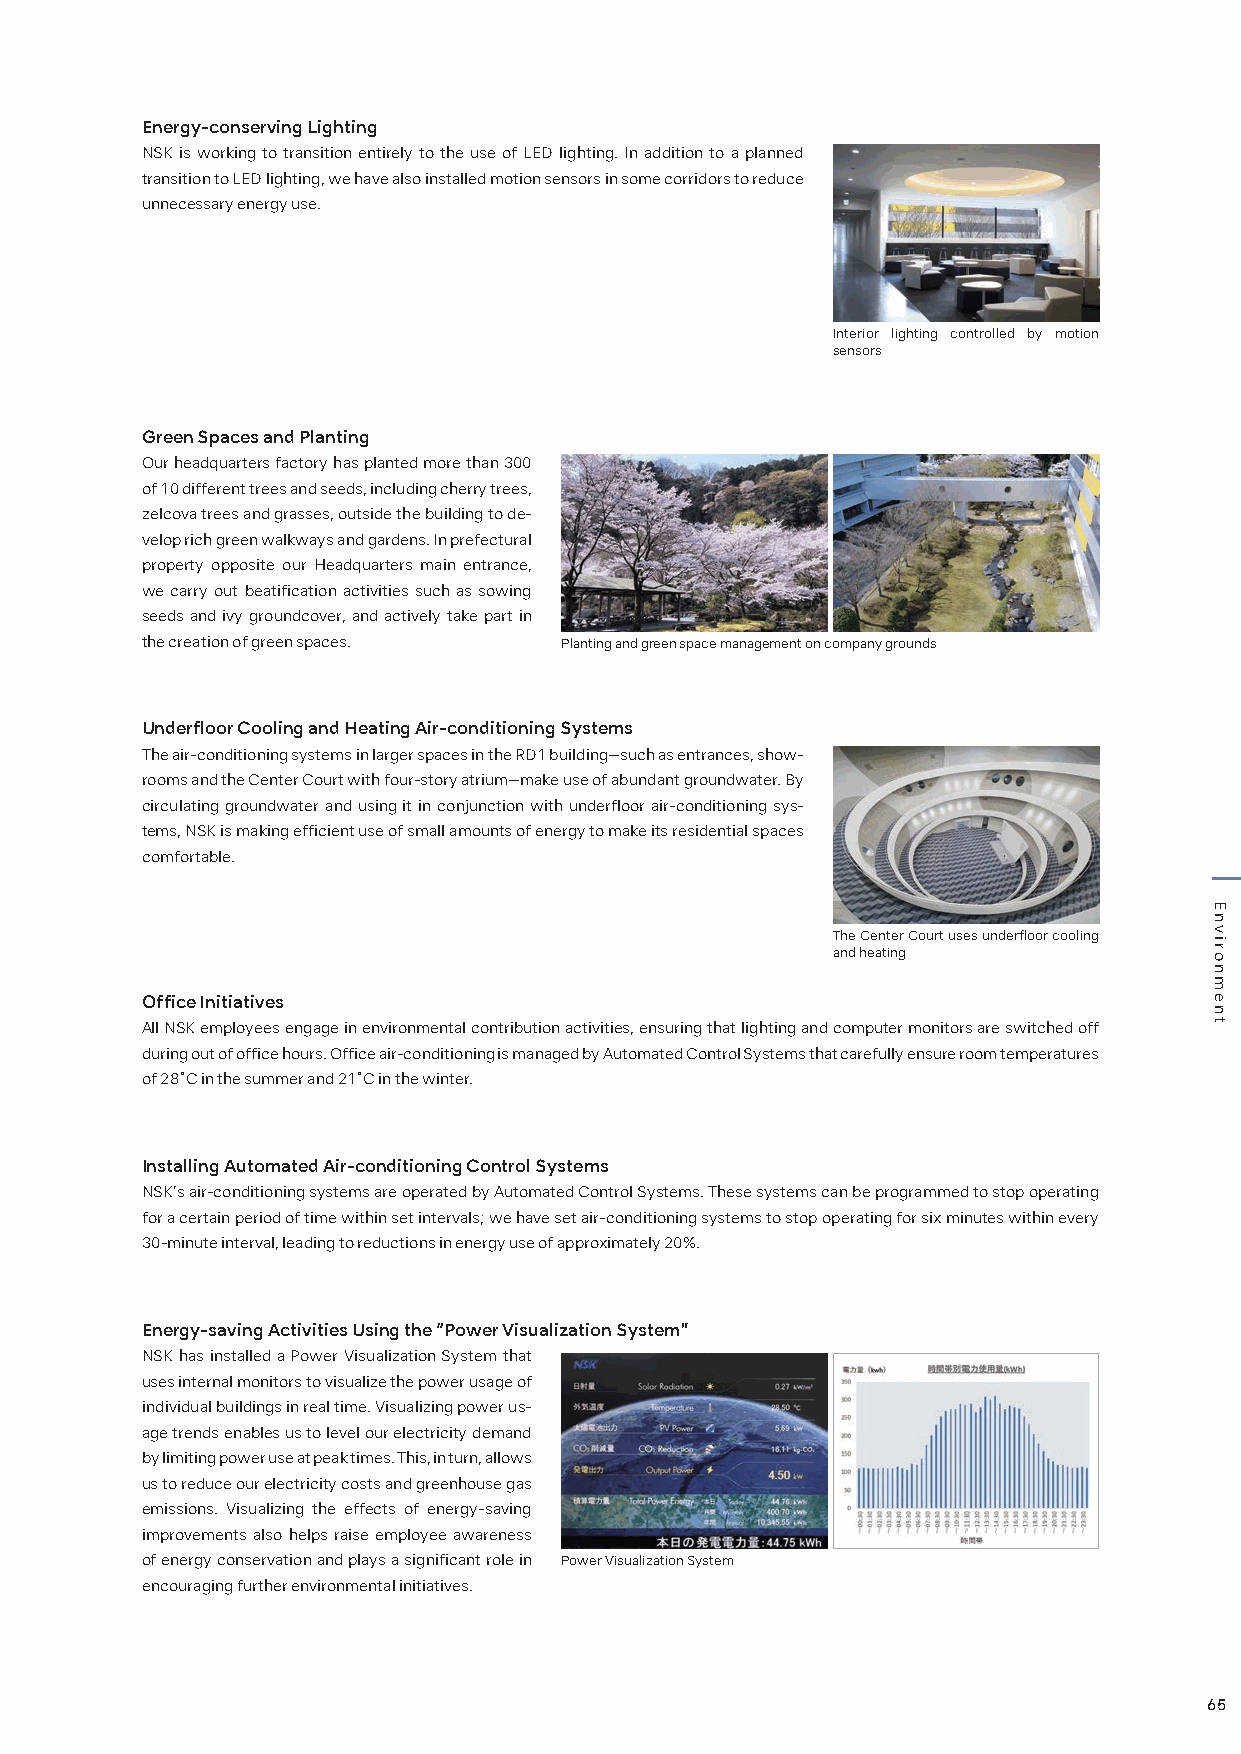
Energy-conserving Lighting
 NSK is working to transition entirely to the use of LED lighting. In addition to a planned
 transition to LED lighting, we have also installed motion sensors in some corridors to reduce
 unnecessary energy use.
 Interior lighting controlled by motion
 sensors
 Green Spaces and Planting
 Our headquarters factory has planted more than 300
 of 10 different trees and seeds, including cherry trees,
 zelcova trees and grasses, outside the building to de-
 velop rich green walkways and gardens. In prefectural
 property opposite our Headquarters main entrance,
 we carry out beatification activities such as sowing
 seeds and ivy groundcover, and actively take part in
 the creation of green spaces. Planting and green space management on company grounds
 Underfloor Cooling and Heating Air-conditioning Systems
 The air-conditioning systems in larger spaces in the RD1 building—such as entrances, show-
 rooms and the Center Court with four-story atrium—make use of abundant groundwater. By
 circulating groundwater and using it in conjunction with underfloor air-conditioning sys-
 tems, NSK is making efficient use of small amounts of energy to make its residential spaces
 comfortable.
 The Center Court uses underfloor cooling
 and heating
 Office Initiatives
 All NSK employees engage in environmental contribution activities, ensuring that lighting and computer monitors are switched off
 during out of office hours. Office air-conditioning is managed by Automated Control Systems that carefully ensure room temperatures
 of 28˚C in the summer and 21˚C in the winter.
 Installing Automated Air-conditioning Control Systems
 NSK’s air-conditioning systems are operated by Automated Control Systems. These systems can be programmed to stop operating
 for a certain period of time within set intervals; we have set air-conditioning systems to stop operating for six minutes within every
 30-minute interval, leading to reductions in energy use of approximately 20%.
 Energy-saving Activities Using the “Power Visualization System”
 NSK has installed a Power Visualization System that
 uses internal monitors to visualize the power usage of
 individual buildings in real time. Visualizing power us-
 age trends enables us to level our electricity demand
 by limiting power use at peak times. This, in turn, allows
 us to reduce our electricity costs and greenhouse gas
 emissions. Visualizing the effects of energy-saving
 improvements also helps raise employee awareness
 of energy conservation and plays a significant role in Power Visualization System
 encouraging further environmental initiatives.
 65
 Environment